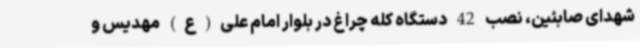
شهدای صابئین، نصب 42 دستگاه کله چراغ در بلوار امام علی(ع) مهدیس و